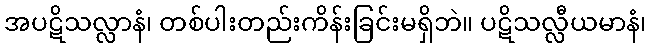
အပဋိသလ္လာနံ၊ တစ်ပါးတည်းကိန်းခြင်းမရှိဘဲ။ ပဋိသလ္လီယမာနံ၊